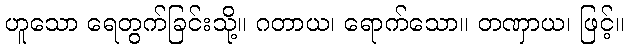
ဟူသော ရေတွက်ခြင်းသို့။ ဂတာယ၊ ရောက်သော။ တဏှာယ၊ ဖြင့်။